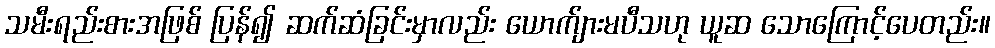
သမီးရည်းစားအဖြစ် ပြန်၍ ဆက်ဆံခြင်းမှာလည်း ယောက်ျားမပီသဟု ယူဆ သောကြောင့်ပေတည်း။